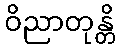
ဝိညာတုန္တိ